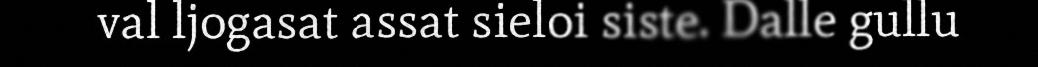
val ljogasat assat sieloi siste. Dalle gullu